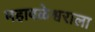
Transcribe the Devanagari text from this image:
महाबळेश्वराला